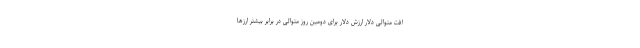
افت متوالی دلار ارزش دلار برای دومین روز متوالی در برابر بیشتر ارزها